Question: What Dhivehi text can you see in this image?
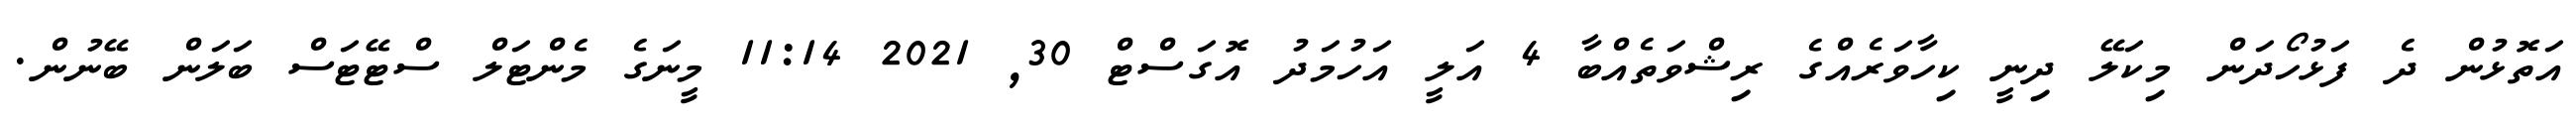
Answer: އަތޮޅުން ދެ ފަޅުހޯދަން މިކަލޭ ދިނީ ކިހާވަރެއްގެ ރިޝްވަތެއްބާ 4 އަލީ އަހުމަދު އޮގަސްޓް 30, 2021 11:14 މީނަގެ މެންޓަލް ސްޓޭޓަސް ބަލަން ބޭނުން.